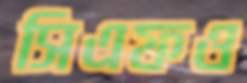
সিএফও